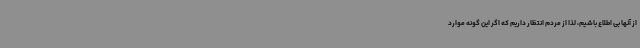
از آنها بی اطلاع باشیم، لذا از مردم انتظار داریم که اگر این گونه موارد